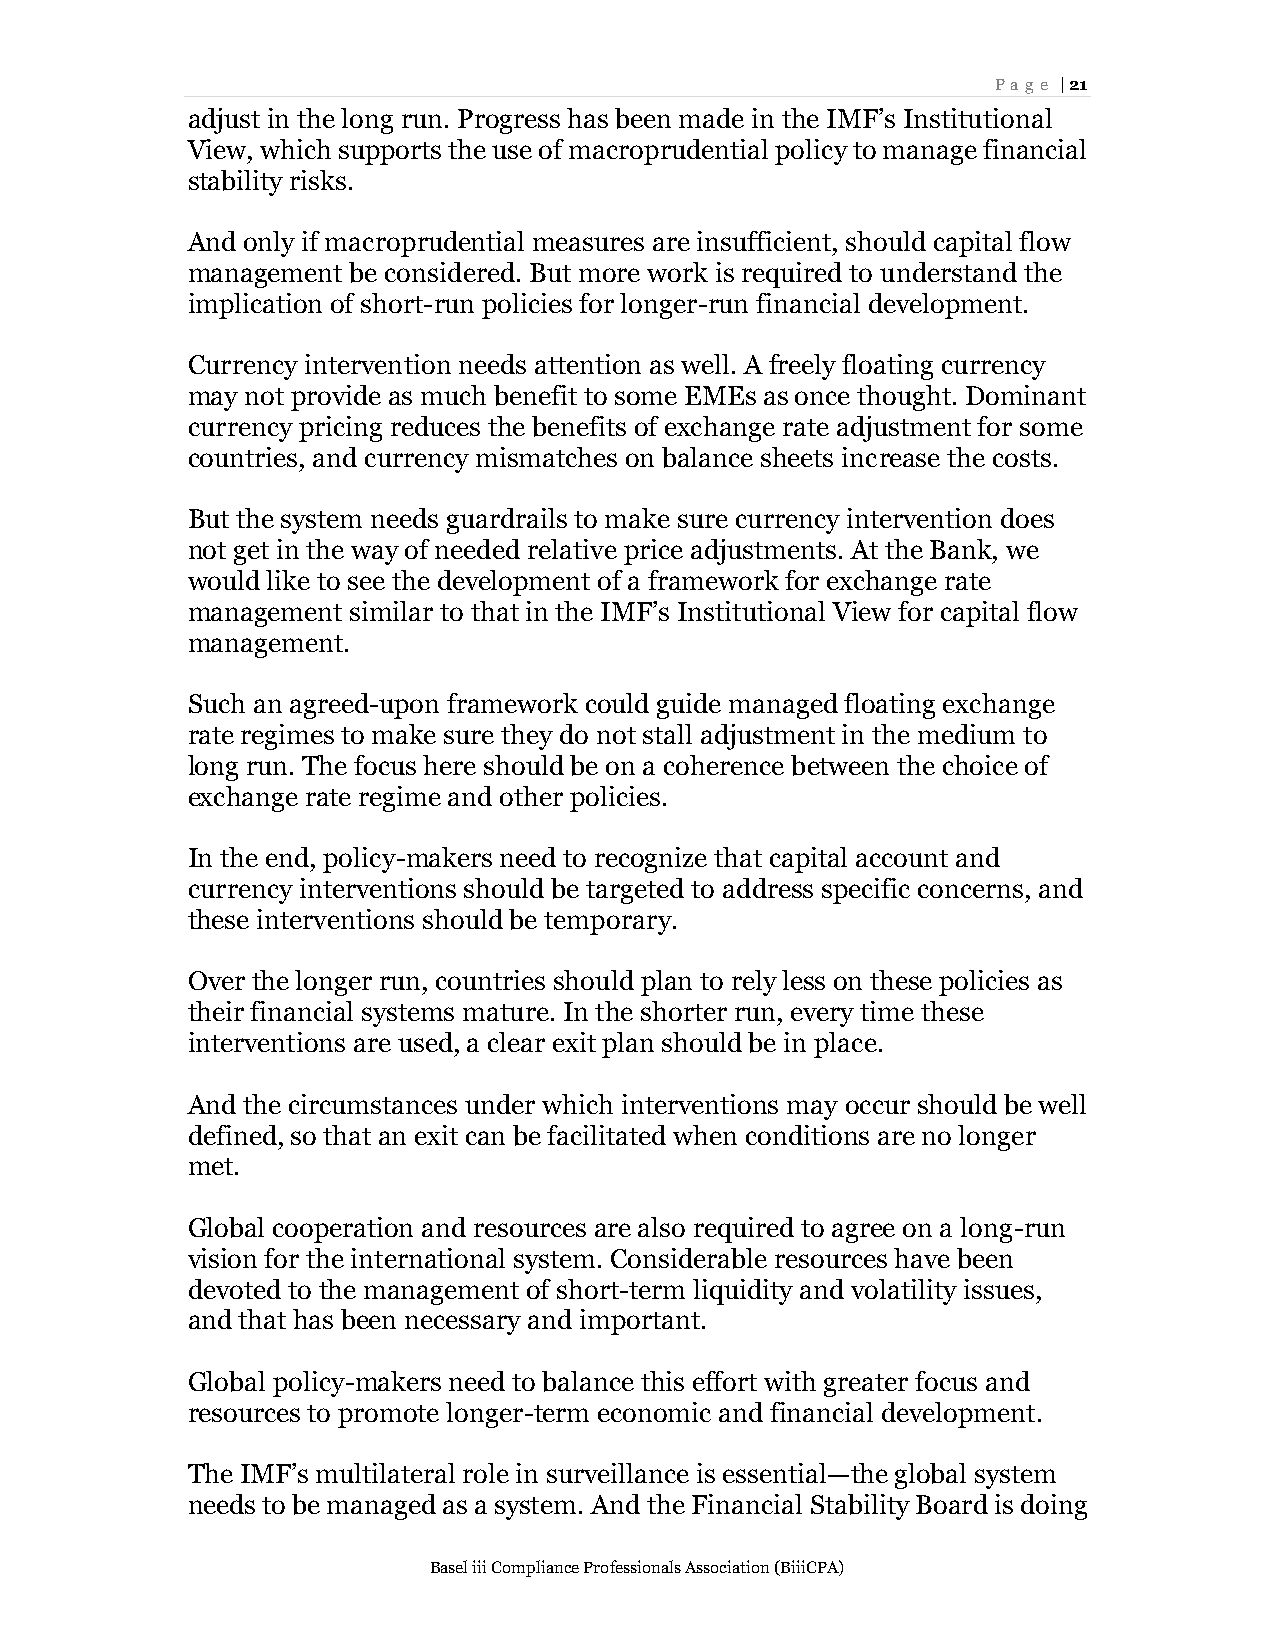
Page | 21
 adjust in the long run. Progress has been made in the IMF’s Institutional
 View, which supports the use of macroprudential policy to manage financial
 stability risks.
 And only if macroprudential measures are insufficient, should capital flow
 management be considered. But more work is required to understand the
 implication of short-run policies for longer-run financial development.
 Currency intervention needs attention as well. A freely floating currency
 may not provide as much benefit to some EMEs as once thought. Dominant
 currency pricing reduces the benefits of exchange rate adjustment for some
 countries, and currency mismatches on balance sheets increase the costs.
 But the system needs guardrails to make sure currency intervention does
 not get in the way of needed relative price adjustments. At the Bank, we
 would like to see the development of a framework for exchange rate
 management similar to that in the IMF’s Institutional View for capital flow
 management.
 Such an agreed-upon framework could guide managed floating exchange
 rate regimes to make sure they do not stall adjustment in the medium to
 long run. The focus here should be on a coherence between the choice of
 exchange rate regime and other policies.
 In the end, policy-makers need to recognize that capital account and
 currency interventions should be targeted to address specific concerns, and
 these interventions should be temporary.
 Over the longer run, countries should plan to rely less on these policies as
 their financial systems mature. In the shorter run, every time these
 interventions are used, a clear exit plan should be in place.
 And the circumstances under which interventions may occur should be well
 defined, so that an exit can be facilitated when conditions are no longer
 met.
 Global cooperation and resources are also required to agree on a long-run
 vision for the international system. Considerable resources have been
 devoted to the management of short-term liquidity and volatility issues,
 and that has been necessary and important.
 Global policy-makers need to balance this effort with greater focus and
 resources to promote longer-term economic and financial development.
 The IMF’s multilateral role in surveillance is essential—the global system
 needs to be managed as a system. And the Financial Stability Board is doing
 Basel iii Compliance Professionals Association (BiiiCPA)